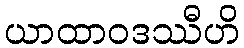
ယာထာဝဒဿီဟိ